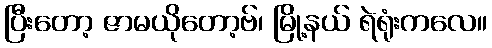
ပြီးတော့ ဇာမယိုတော့ဗ်၊ မြို့နယ် ရဲရုံးကလေ။